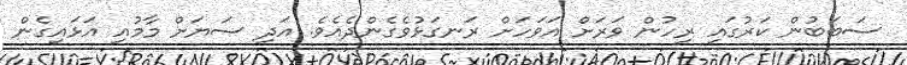
ސަބަބުން ކަރުގައި ރިހުން ވަރަށް އަވަހަށް ރަނގަޅުވެގެންދެއެވެ. އަދި ސަޔަށް މާމުއި އަޅައިގެން